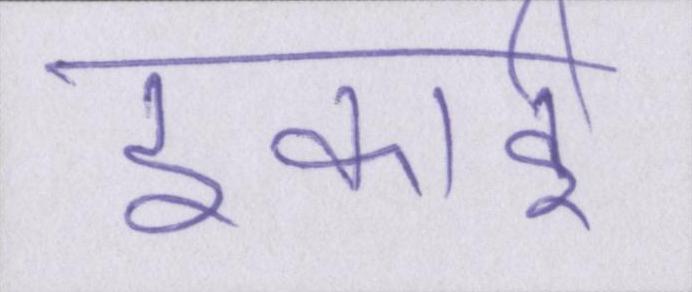
इकाई